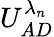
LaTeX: U_{AD}^{\lambda_{n}}